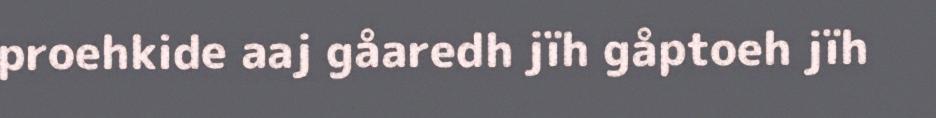
proehkide aaj gåaredh jïh gåptoeh jïh